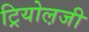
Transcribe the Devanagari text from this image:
ट्रियोल़जी